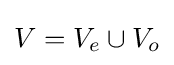
V=V_{e}\cup V_{o}